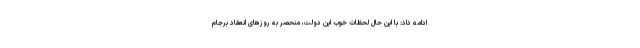
ادامه داد: با این حال لحظات خوب این دولت، منحصر به روزهای انعقاد برجام